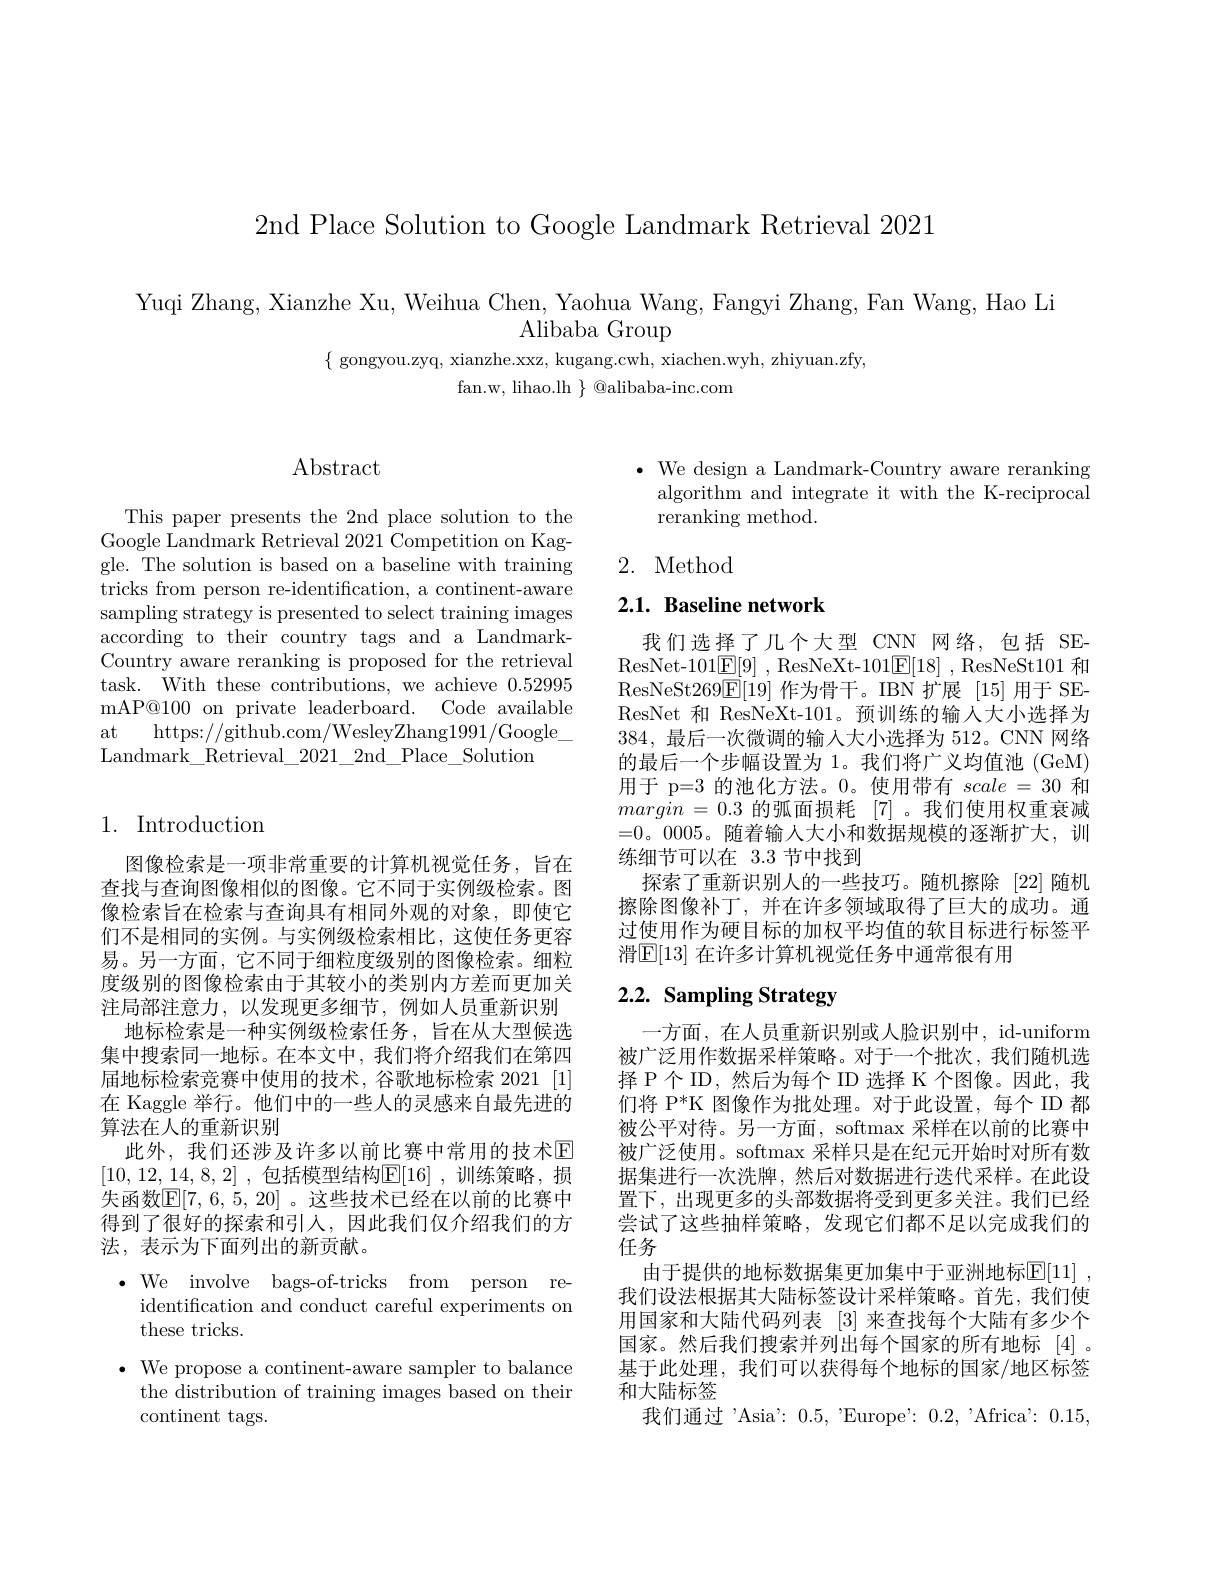
2nd Place Solution to Google Landmark Retrieval 2021

Yuqi Zhang, Xianzhe Xu, Weihua Chen, Yaohua Wang, Fangyi Zhang, Fan Wang, Hao Li
Alibaba Group
$\{\begin{array}{cc}{\mathrm{gongyou.zyq,~xianzhe.xxz,~kugang.cwh,~xiachen.wyh,~zhiyuan.zfy,}}\\\end{array}$
fan. w, lihao. lh $\} @$alibaba-inc.com

## Abstract

This paper presents the 2nd place solution to the Google Landmark Retrieval 2021 Competition on Kaggle. The solution is based on a baseline with training tricks from person re-identification, a continent-aware sampling strategy is presented to select training images according to their country tags and a LandmarkCountry aware reranking is proposed for the retrieval task. With these contributions, we achieve 0.52995 mAP@100 on private leaderboard. Code available at https://github.com/WesleyZhang1991/Google\_ Landmark$\_$Retrieval$\_$2021$\_$2nd$\_$Place$\_$Solution

## 1. Introduction

图像检索是一项非常重要的计算机视觉任务，旨在查找与查询图像相似的图像。它不同于实例级检索。图像检索旨在检索与查询具有相同外观的对象，即使它们不是相同的实例。与实例级检索相比，这使任务更容易。另一方面，它不同于细粒度级别的图像检索。细粒度级别的图像检索由于其较小的类别内方差而更加关注局部注意力，以发现更多细节，例如人员重新识别
地标检索是一种实例级检索任务，旨在从大型候选集中搜索同一地标。在本文中，我们将介绍我们在第四届地标检索竞赛中使用的技术，谷歌地标检索 2021 [1] 在 Kaggle 举行。他们中的一些人的灵感来自最先进的算法在人的重新识别
此外，我们还涉及许多以前比赛中常用的技术$\mathbb{E}$ [10,12,14,8,2] ,包括模型结构E[16] ,训练策略，损失函数$\mathbb{E}[7,6,5,20]$。这些技术已经在以前的比赛中得到了很好的探索和引入，因此我们仅介绍我们的方法，表示为下面列出的新贡献。
$\cdot$We involve bags-of-tricks from person re-
identification and conduct careful experiments on
these tricks.
$\cdot$ We propose a continent-aware sampler to balance
the distribution of training images based on their
continent tags.

$\bullet$ We design a Landmark-Country aware reranking
algorithm and integrate it with the K-reciprocal
reranking method.

# 2. Method

## 2.1. Baseline network

我们选择了几个大型 CNN 网络，包括 SEResNet-101$\underline {\mathrm{E} }[ 9]$ ,ResNeXt-101$\underline {\mathrm{E} }[ 18]$ ,ResNeSt101 和ResNeSt269$\boxed{\mathrm{E}}[19]$作为骨干。IBN 扩展 [15]用于 SEResNet 和 ResNeXt-101。预训练的输入大小选择为384,最后一次微调的输人大小选择为 512。CNN 网络的最后一个步幅设置为 1。我们将广义均值池 (GeM) 用于 p=3 的池化方法。0。使用带有$scale=30$和margin = 0.3的弧面损耗 [7]。我们使用权重衰减=0。0005。随着输人大小和数据规模的逐渐扩大，训练细节可以在 3.3 节中找到
探索了重新识别人的一些技巧。随机擦除 [22]随机擦除图像补丁，并在许多领域取得了巨大的成功。通过使用作为硬目标的加权平均值的软目标进行标签平滑$\mathbb{E}[13]$ 在许多计算机视觉任务中通常很有用

# 2.2. Sampling Strategy

一方面，在人员重新识别或人脸识别中，id-uniform 被广泛用作数据采样策略。对于一个批次，我们随机选择 P 个 ID , 然后为每个 ID 选择 K 个图像。因此，我们将 P*K 图像作为批处理。对于此设置，每个 ID 都被公平对待。另一方面，softmax 采样在以前的比赛中被广泛使用。softmax 采样只是在纪元开始时对所有数据集进行一次洗牌，然后对数据进行迭代采样。在此设置下，出现更多的头部数据将受到更多关注。我们已经尝试了这些抽样策略，发现它们都不足以完成我们的任务
由于提供的地标数据集更加集中于亚洲地标$\mathbb{E} [ 11]$ , 我们设法根据其大陆标签设计采样策略。首先，我们使用国家和大陆代码列表[3]来查找每个大陆有多少个国家。然后我们搜索并列出每个国家的所有地标[4]。基于此处理，我们可以获得每个地标的国家/地区标签和大陆标签
我们通过’Asia': 0.5, 'Europe': 0.2, 'Africa': 0.15,